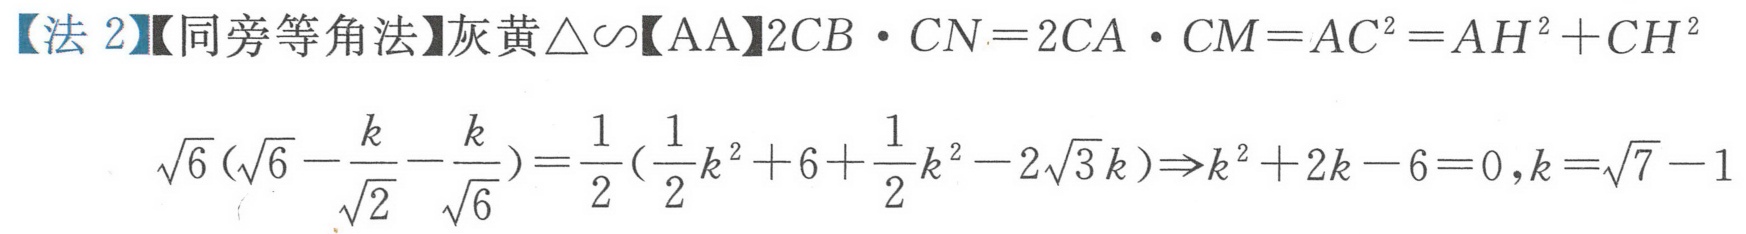
【法 2】【同旁等角法】灰黄$\triangle\sim$【AA】$2CB\cdot CN = 2CA\cdot CM=AC^{2}=AH^{2}+CH^{2}$
\(\sqrt{6}(\sqrt{6}-\frac{k}{\sqrt{2}}-\frac{k}{\sqrt{6}})=\frac{1}{2}(\frac{1}{2}k^{2}+6+\frac{1}{2}k^{2}-2\sqrt{3}k)\Rightarrow k^{2}+2k - 6 = 0,k=\sqrt{7}-1\)